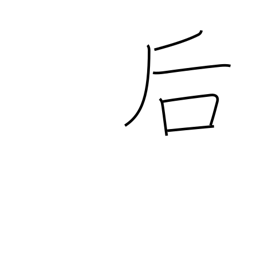
Meaning: back